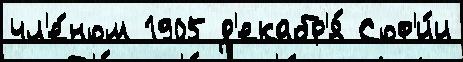
чл'е́ном 1905 д'екабр'я́ Соф'и́и